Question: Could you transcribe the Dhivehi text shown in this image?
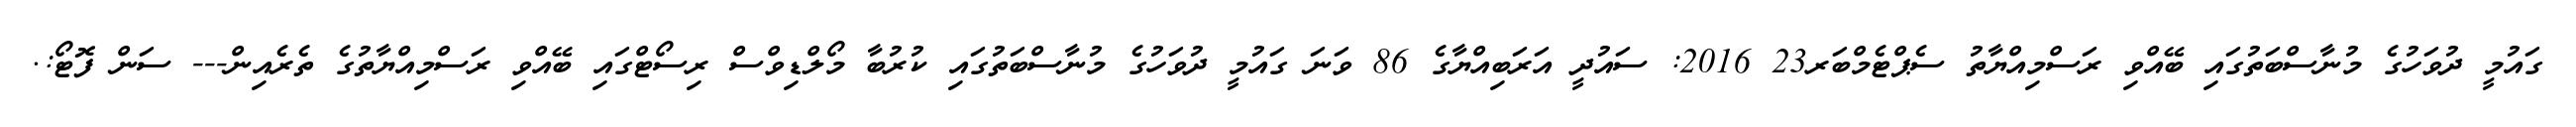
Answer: ގައުމީ ދުވަހުގެ މުނާސްބަތުގައި ބޭއްވި ރަސްމިއްޔާތު ސެޕްޓެމްބަރ23 2016: ސައުދީ އަރަބިއްޔާގެ 86 ވަނަ ގައުމީ ދުވަހުގެ މުނާސްބަތުގައި ކުރުބާ މޯލްޑިވްސް ރިސޯޓްގައި ބޭއްވި ރަސްމިއްޔާތުގެ ތެރެއިން--- ސަން ފޮޓޯ:.